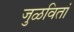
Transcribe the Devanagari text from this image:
जुळवितां